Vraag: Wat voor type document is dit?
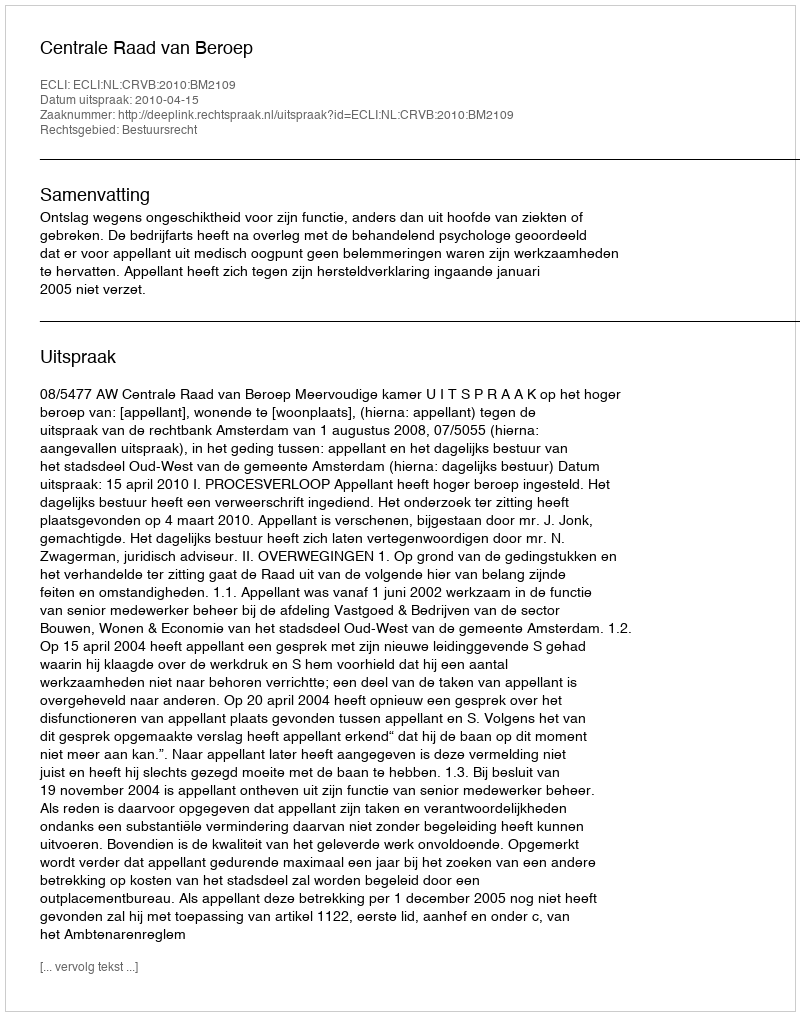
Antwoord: Uitspraak